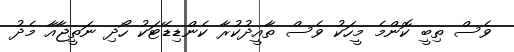
ވެސް ތިބީ ކޮންމެ މީހަކު ވެސް ތާއީދުކުރާ ކެންޑިޑޭޓަކު ހޯދި ނަތީޖާއާ މެދު